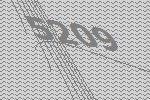
5209